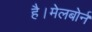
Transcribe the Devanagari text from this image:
है।मेलबोर्न